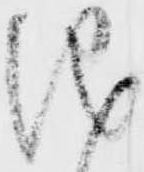
儀